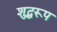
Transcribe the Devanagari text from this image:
शुद्धरूप